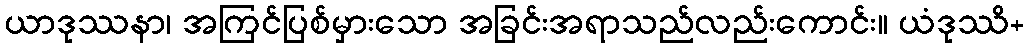
ယာဒုဿနာ၊ အကြင်ပြစ်မှားသော အခြင်းအရာသည်လည်းကောင်း။ ယံဒုဿိ+